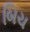
બિચ